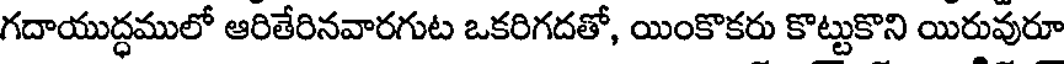
గదాయుద్ధములో ఆరితేరినవారగుట ఒకరిగదతో, యింకొకరు కొట్టుకొని యిరువురూ